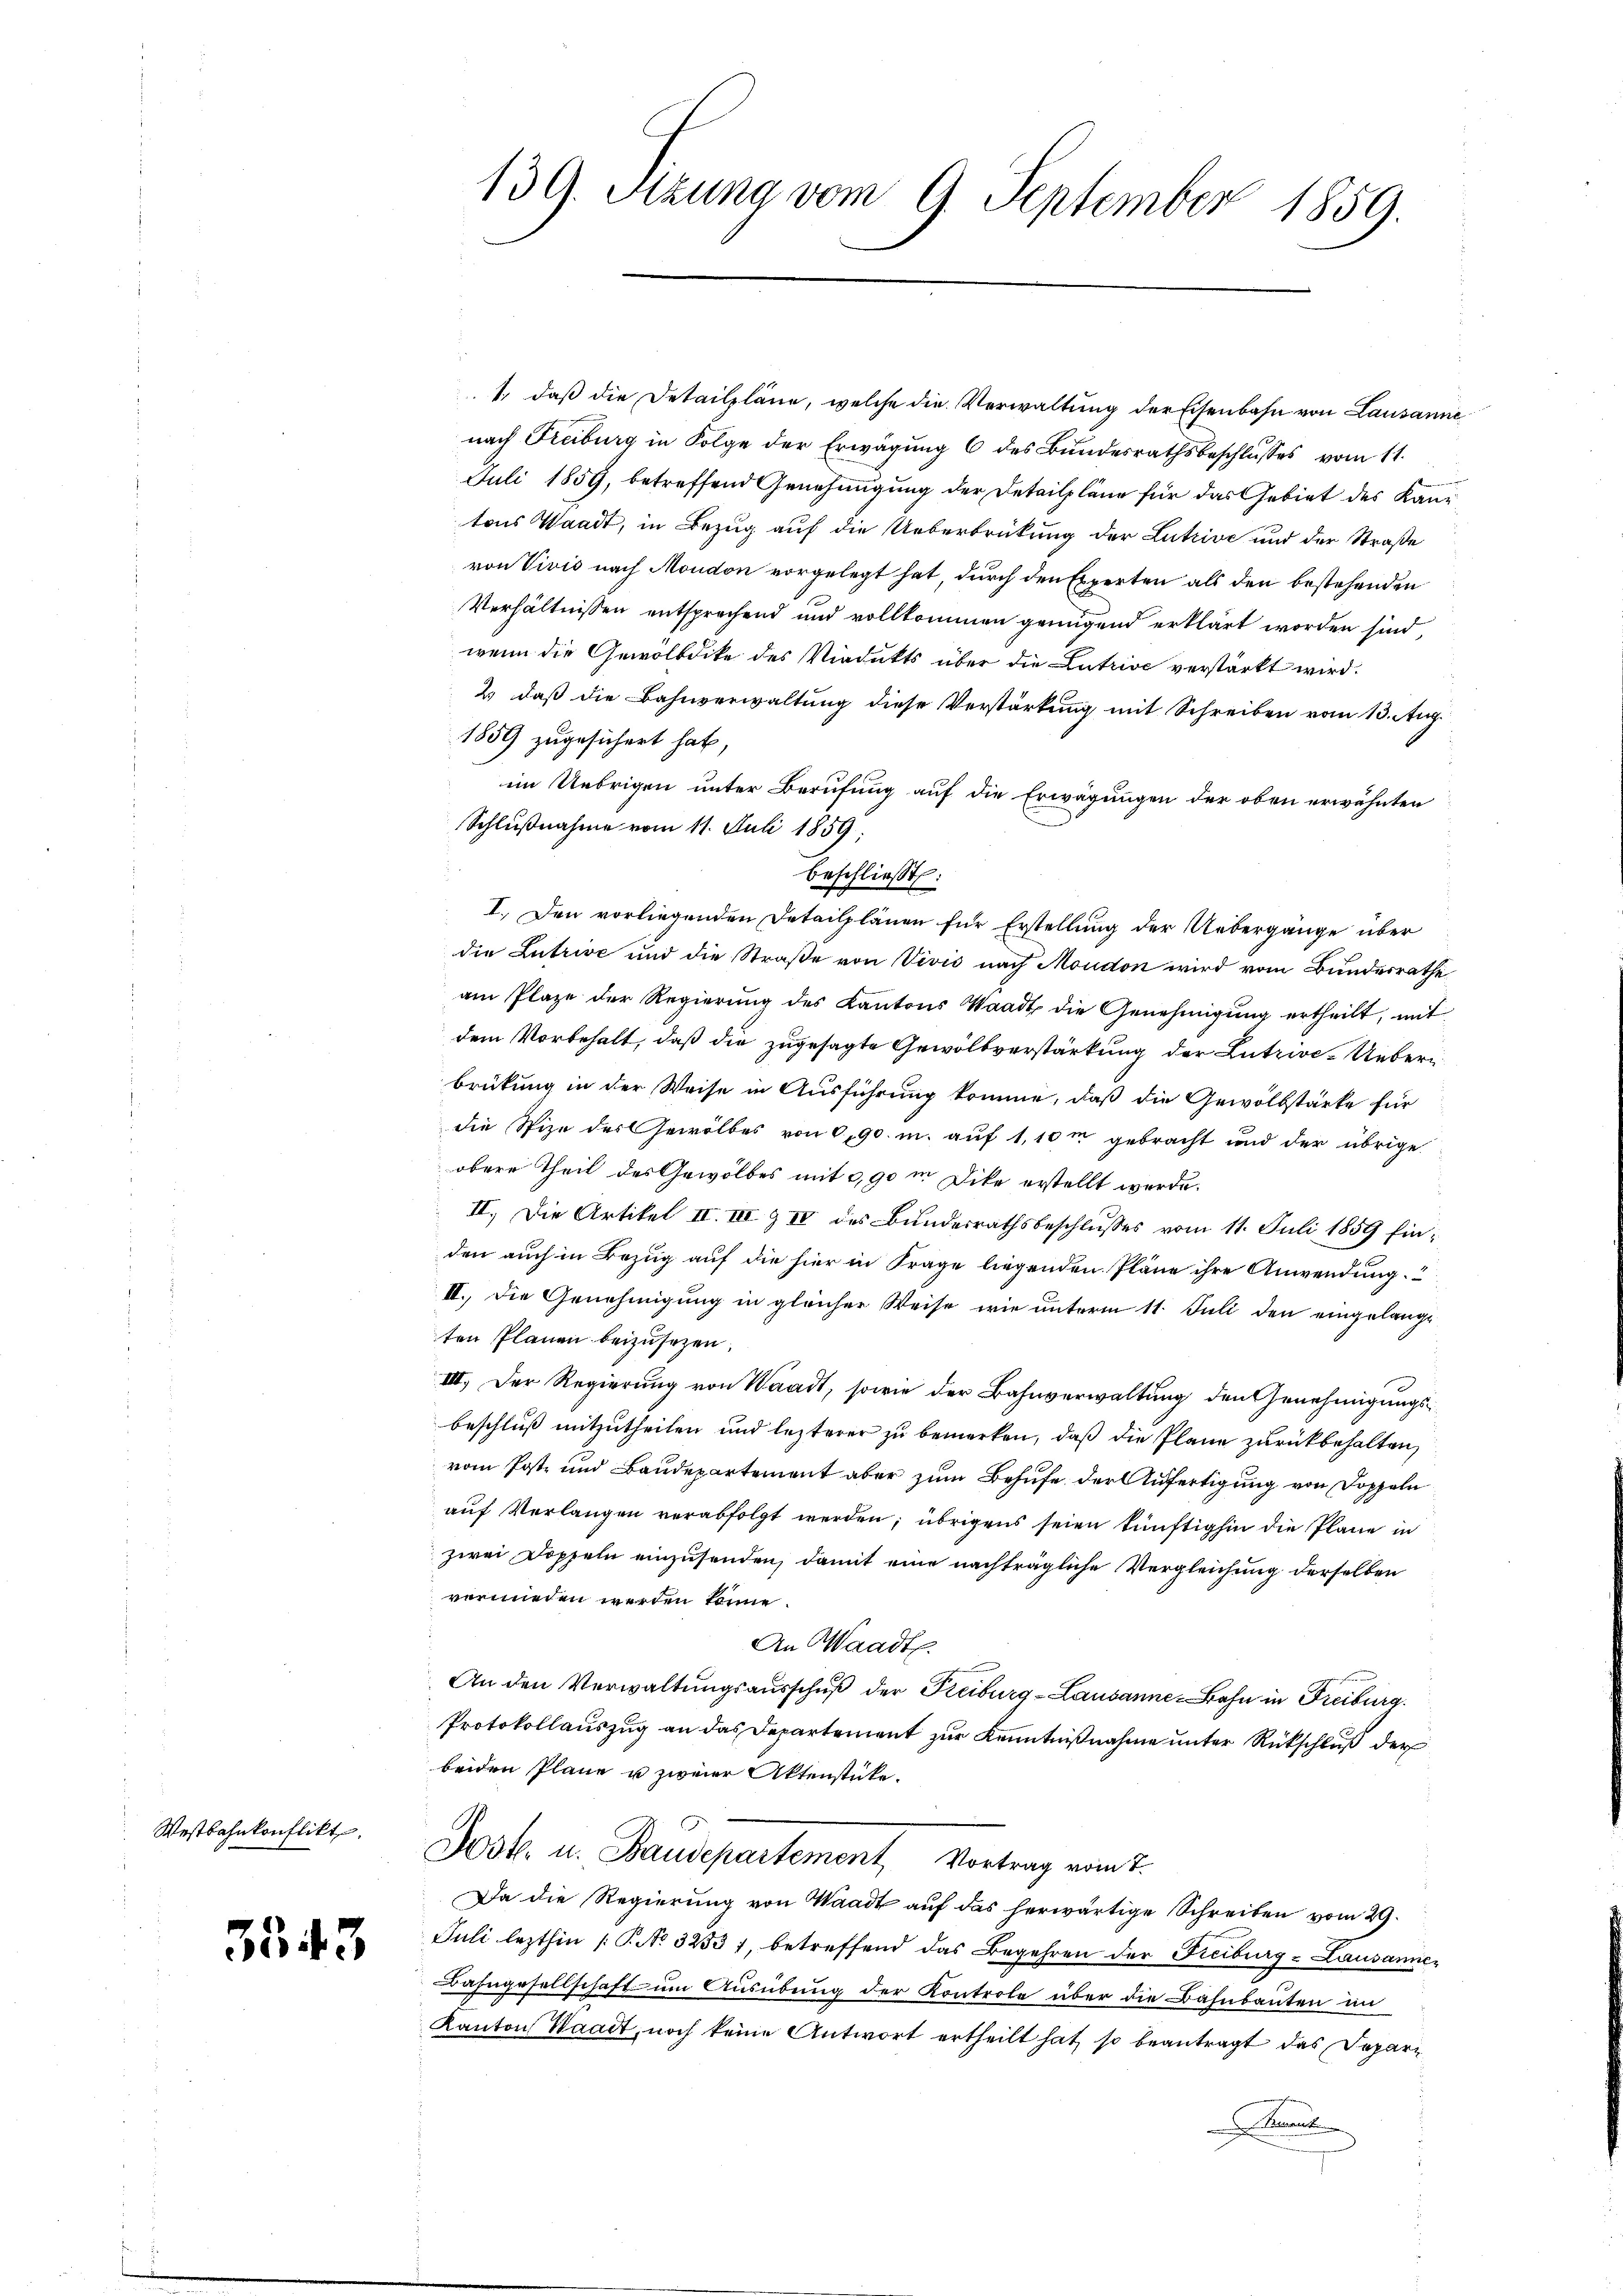
Westbahnkonflikt

3543

139. Szung vom 9. September 1859.

1. daβ die Detailpläne, welche die Verwaltŭng der Eisenbahn von Lausanne
nach Freiburg in Folge der Erwägung 6 des Bundesrathsbeschlusses vom 11.
Juli 1859, betreffend Genehmigung der Detailpläne für das Gebiet des Kantons Waadt, in Bezug auf die Ueberbrückung der Lutzive und der Straße
von Vivis nach Moudon vorgelegt hat, durch den Experten als den bestehenden
Verhältnissen entsprechend und vollkommen genügend erklärt worden sind,
wenn die Gewölbdike des Viedikts über die Lutzive verstärkt wird.
2) daß die Bahnverwaltung diese Verstärkung mit Schreiben vom 13. Aug.
1859 zugesichert hat,
im Uebrigen unter Berufung auf die Erwägungen der oben erwähnten
Schlußnahme vom 11. Juli 1859.
beschließt:
I. Den vorliegenden Detailplänen für Erstellung der Uebergänge über
die Lutrive und die Straße von Vivis nach Moudon wird vom Bundesrathe
am Plaze der Regierung des Kantons Waadt die Genehmigung ertheilt, mit
dem Vorbehalt, daß die zugesagte Gewölbverstärkung der Lutzive-Ueberbrükung in der Weise in Ausführung komme, daß die Gewölbstärke für
die Spize des Gewölbes von 0,90. m. auf 1,10m gebracht und der übrige
obere Theil des Gewölbes mit 3,90 m Dike erstellt werde.
II. Die Artikel II. III & II des Bŭndesrathsbeschlŭsses vom 11. Juli 1859 finden auch in Bezug auf die hier in Frage liegenden Pläne ihre Anwendung.
II. Die Genehmigung in gleicher Weise wie unterm 11. Juli den eingelange
ten Plänen beizusezen.
III. Der Regierung von Waadt, sowie der Bahnverwaltung den Genehmigungsbeschluß mitzutheilen und lezterer zu bemerken, daß die Plane zurückbehalten,
vom Post- und Baudepartement aber zum Behufe der Anfertigung von Doppeln
auf Verlangen verabfolgt werden; übrigens seien künftighin die Pläne in
zwei Doppeln einzusenden, damit eine nachträgliche Vergleichung derselben
vermieden werden könne.
An Waadt.
An den Verwaltungsausschuß der Reiburg-Lausanne-Bahn in Freiburg.
Protokollauszug an das Departement zur Kenntnißnahme unter Rückschluß der
beiden Pläne u zweier Aktenstücke.
Dost. u. Baudepartement Vortrag vom 7.
Da die Regierung von Waadt auf das herwärtige Schreiben vom 29.
Juli lezthin (T. No 32531, betreffend das Begehren der Freiburg u Lausanne¬
Bahngesellschaft um Ausübung der Kontrole über die Bahnbauten in
Kanton Waadt, noch keine Antwort ertheilt hat, so beantragt das Depart